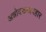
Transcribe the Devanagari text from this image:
अन्नोदकव्यवहार